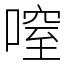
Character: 㗧